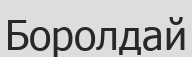
Боролдай